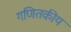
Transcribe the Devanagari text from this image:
गणितकीय